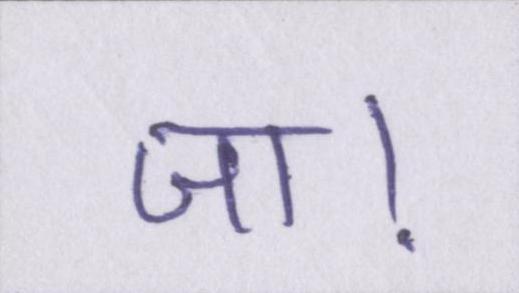
जा।